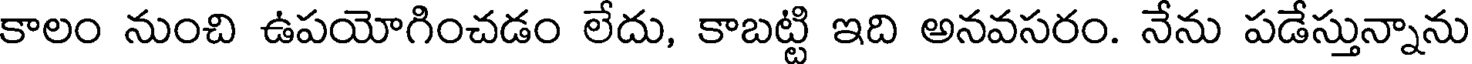
కాలం నుంచి ఉపయోగించడం లేదు, కాబట్టి ఇది అనవసరం. నేను పడేస్తున్నాను